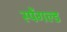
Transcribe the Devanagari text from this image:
स्पेंगल्ड